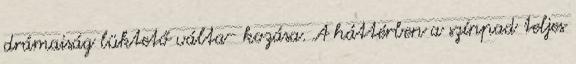
drámaiság lüktető válta- kozása. A háttérben a színpad teljes